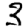
Digit: 3